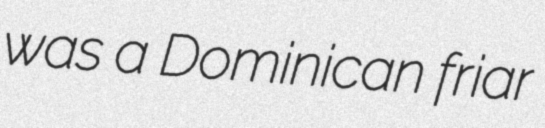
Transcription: was a Dominican friar